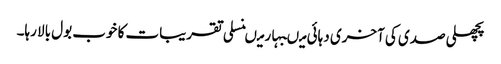
پچھلی صدی کی آخری دہائی میںبہار میںنسلی تقریبات کا خوب بول بالا رہا۔